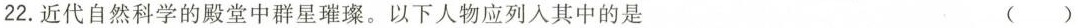
22.近代自然科学的殿堂中群星璀璨。以下人物应列入其中的是 ()